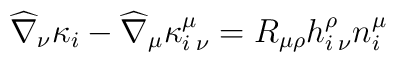
\widehat{\nabla}_{\nu}\kappa_{i}-\widehat{\nabla}_{\mu}\kappa^{\mu}_{i\: \nu}=R_{\mu \rho}h^{\rho}_{i\: \nu}n^{\mu}_{i}